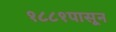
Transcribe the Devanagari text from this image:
१८८१पासून